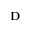
\mathbf { D }